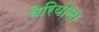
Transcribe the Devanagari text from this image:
वेरियोला